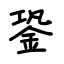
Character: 銎